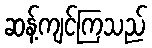
ဆန့်ကျင်ကြသည်